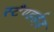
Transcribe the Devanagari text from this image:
स्टैण्डर्डज़